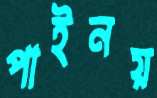
পাইনয়